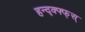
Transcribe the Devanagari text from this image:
हन्द्क्फ्फ्स्